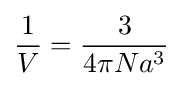
{\frac {1}{V}}={\frac {3}{4\pi Na^{3}}}